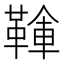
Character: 𩋱